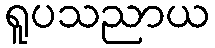
ရူပသညာယ